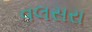
વલસરા